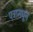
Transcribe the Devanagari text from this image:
पत्रामधून